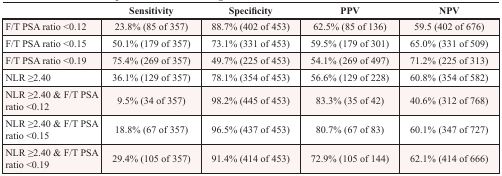
<table><thead><tr><td></td><td><b>Sensitivity</b></td><td><b>Specificity</b></td><td><b>PPV</b></td><td><b>NPV</b></td></tr></thead><tbody><tr><td>F/T PSA ratio &lt;0.12</td><td>23.8% (85 of 357)</td><td>88.7% (402 of 453)</td><td>62.5% (85 of 136)</td><td>59.5 (402 of 676)</td></tr><tr><td>F/T PSA ratio &lt;0.15</td><td>50.1% (179 of 357)</td><td>73.1% (331 of 453)</td><td>59.5% (179 of 301)</td><td>65.0% (331 of 509)</td></tr><tr><td>F/T PSA ratio &lt;0.19</td><td>75.4% (269 of 357)</td><td>49.7% (225 of 453)</td><td>54.1% (269 of 497)</td><td>71.2% (225 of 313)</td></tr><tr><td>NLR ≥2.40</td><td>36.1% (129 of 357)</td><td>78.1% (354 of 453)</td><td>56.6% (129 of 228)</td><td>60.8% (354 of 582)</td></tr><tr><td>NLR ≥2.40 &amp; F/T PSA ratio &lt;0.12</td><td>9.5% (34 of 357)</td><td>98.2% (445 of 453)</td><td>83.3% (35 of 42)</td><td>40.6% (312 of 768)</td></tr><tr><td>NLR ≥2.40 &amp; F/T PSA ratio &lt;0.15</td><td>18.8% (67 of 357)</td><td>96.5% (437 of 453)</td><td>80.7% (67 of 83)</td><td>60.1% (347 of 727)</td></tr><tr><td>NLR ≥2.40 &amp; F/T PSA ratio &lt;0.19</td><td>29.4% (105 of 357)</td><td>91.4% (414 of 453)</td><td>72.9% (105 of 144)</td><td>62.1% (414 of 666)</td></tr></tbody></table>